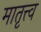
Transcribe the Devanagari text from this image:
मातृत्त्व